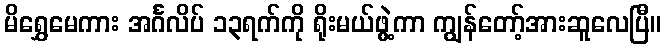
မိရွှေမေကား အင်္ဂလိပ် ၁၃ရက်ကို ရိုးမယ်ဖွဲ့ကာ ကျွန်တော့်အားဆူလေပြီ။